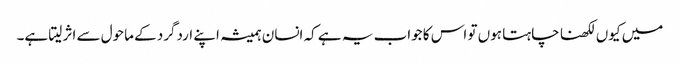
میں کیوں لکھنا چاہتا ہوں تو اس کا جواب یہ ہے کہ انسان ہمیشہ اپنے اردگرد کے ماحول سے اثر لیتا ہے۔